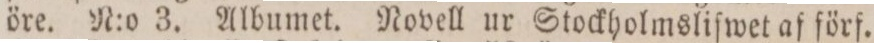
öre. N:o 3. Albumet. Novell ur Stockholmsliſwet af förf.